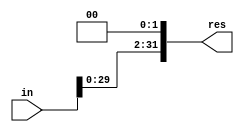
`timescale 1ns / 1ps
//////////////////////////////////////////////////////////////////////////////////
// Company: 
// Engineer: 
// 
// Design Name: 
// Module Name: left_shift
// Project Name: 
// Target Devices: 
// Tool Versions: 
// Description: 
// 
// Dependencies: 
// 
// Revision:
// Revision 0.01 - File Created
// Additional Comments:
// 
//////////////////////////////////////////////////////////////////////////////////


module Left_Shift(in,res);
    input [31:0]in;
    output [31:0]res;
    assign res={in[29:0],2'b00}; 
endmodule